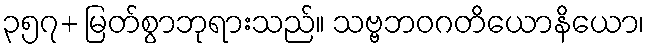
၃၅၇+ မြတ်စွာဘုရားသည်။ သဗ္ဗဘဝဂတိယောနိယော၊